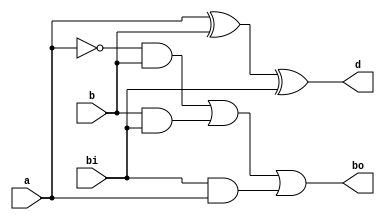
`timescale 1ns / 1ps
//////////////////////////////////////////////////////////////////////////////////
// Company: 
// Engineer: 
// 
// Design Name: 
// Module Name:    fullsub 
// Project Name: 
// Target Devices: 
// Tool versions: 
// Description: 
//
// Dependencies: 
//
// Revision: 
// Revision 0.01 - File Created
// Additional Comments: 
//
//////////////////////////////////////////////////////////////////////////////////
module fullsub(
    input a,b,bi,
    output d,bo
    );
	 wire e,f,g,h;
	 assign e=~a;
	 assign f=e&b;
	 assign g=b&bi;
	 assign h=bi&a;
	 assign d=a^b^bi;
	 assign bo=f|g|h;
	 


endmodule